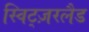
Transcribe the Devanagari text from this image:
स्विट्ज़रलैड